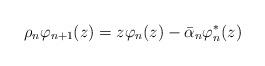
LaTeX: \begin{align*}{} \rho_{n} \varphi_{n+1}(z) = z \varphi_{n}(z) - \bar{\alpha}_{n}\varphi_{n}^{*}(z)\end{align*}